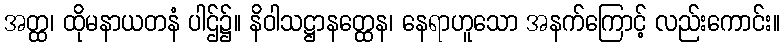
အတ္ထ၊ ထိုမနာယတနံ ပါဌ်၌။ နိဝါသဋ္ဌာနတ္ထေန၊ နေရာဟူသော အနက်ကြောင့် လည်းကောင်း။